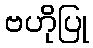
ဗဟိုပြု